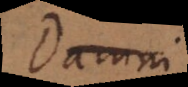
Damni